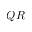
Q R